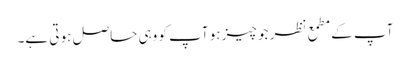
آپ کے مطمع نظر جو چیز ہو آپ کو وہی حاصل ہو تی ہے۔